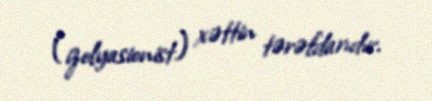
(izolyasionist) xəttin tərəfdarıdır.